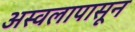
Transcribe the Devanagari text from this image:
अस्वलापासून